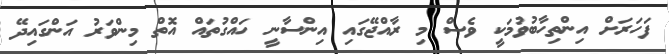
ފަހަރަށް އިންތިހާބުވުމަކީ ވެސް މި ރާއްޖޭގައި އިންސާނީ ހައްގުތައް އޮތް މިންވަރު އަންގައިދޭ